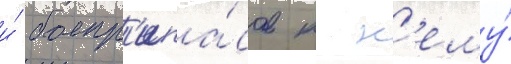
и́ боепр'ипа́сов к н'ему́